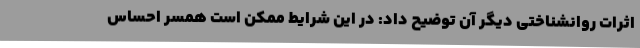
اثرات روانشناختی دیگر آن توضیح داد: در این شرایط ممکن است همسر احساس